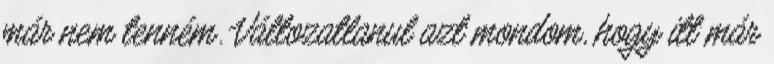
már nem tenném. Változatlanul azt mondom, hogy itt már